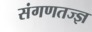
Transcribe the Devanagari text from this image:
संगणतज्ज्ञ